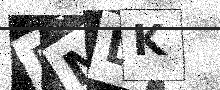
Text: 5MLK